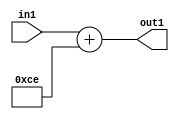
`timescale 1ps / 1ps
/*****************************************************************************
    Verilog RTL Description
    
    
    Created by: Stratus DpOpt 2019.1.01 
*******************************************************************************/

module DC_Filter_Add_12U_29_1 (
	in1,
	out1
	); /* architecture "behavioural" */ 
input [11:0] in1;
output [11:0] out1;
wire [11:0] asc001;

assign asc001 = 
	+(in1)
	+(12'B000011001110);

assign out1 = asc001;
endmodule

/* CADENCE  urn0Sg8= : u9/ySgnWtBlWxVPRXgAZ4Og= ** DO NOT EDIT THIS LINE ******/